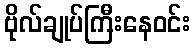
ဗိုလ်ချုပ်ကြီးနေဝင်း